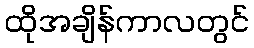
ထိုအချိန်ကာလတွင်